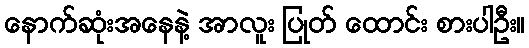
နောက်ဆုံးအနေနဲ့ အာလူး ပြုတ် ထောင်း စားပါဦး။